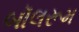
બૉલરૂમ